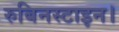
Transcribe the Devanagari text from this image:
रुबिनस्टाइन।